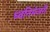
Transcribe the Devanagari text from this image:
ध्वनिमंजरी